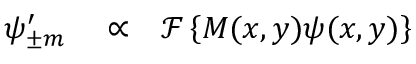
\begin{array} { r l r } { \psi _ { \pm m } ^ { \prime } } & { { } \propto } & { \mathcal { F } \left\{ M ( x , y ) \psi ( x , y ) \right\} } \end{array}